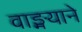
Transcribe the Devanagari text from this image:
वाङ्मयाने